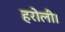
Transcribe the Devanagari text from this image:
हरोली।